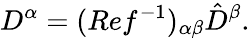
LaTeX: D^{\alpha}=(Ref^{-1})_{\alpha\beta}\hat{D}^{\beta}.